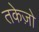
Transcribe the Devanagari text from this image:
तकेज़ो